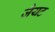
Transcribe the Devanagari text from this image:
जैयट